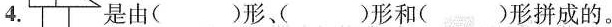
4. 是由( )形、( )形和( )形拼成的。